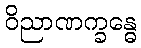
ဝိညာဏက္ခန္ဓေ